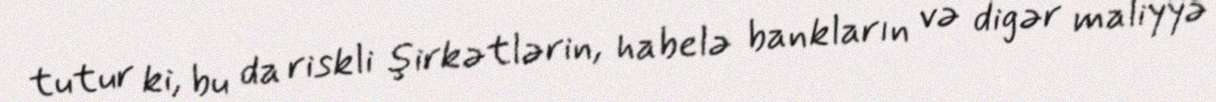
tutur ki, bu da riskli şirkətlərin, habelə bankların və digər maliyyə